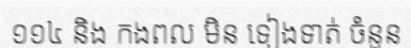
១១៤ និង កងពល មិន ទៀងទាត់ ចំនួន